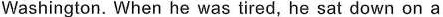
Washington. When he was tired, he sat down on a